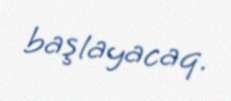
başlayacaq.